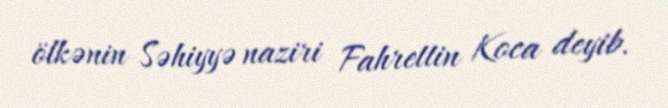
ölkənin Səhiyyə naziri Fahrettin Koca deyib.